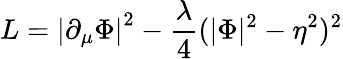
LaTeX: L=\left|\partial_{\mu}\Phi\right|^{2}-\frac{\lambda}{4}(|\Phi|^{2}-\eta^{2})^{2}